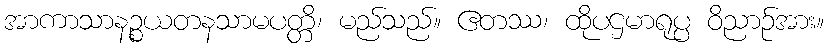
အာကာသာနဉ္စယတနသာမပတ္တိ၊ မည်သည်။ ဧတဿ၊ ထိုပဌမာရုပ္ပ ဝိညာဉ်အား။